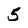
Character: 5